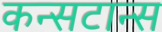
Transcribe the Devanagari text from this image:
कन्सटान्स